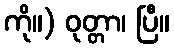
ကို။) ဝုတ္တာ၊ ပြီ။